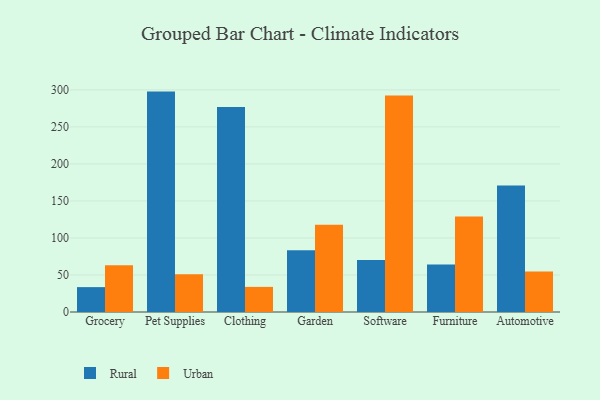
{"axis": {"x": "Category", "y": "Net Income (USD K)"}, "legend": ["Rural", "Urban"], "data": [{"x": "Grocery", "y": 33.6, "type": "Rural"}, {"x": "Grocery", "y": 63.0, "type": "Urban"}, {"x": "Pet Supplies", "y": 297.7, "type": "Rural"}, {"x": "Pet Supplies", "y": 51.1, "type": "Urban"}, {"x": "Clothing", "y": 277.0, "type": "Rural"}, {"x": "Clothing", "y": 33.9, "type": "Urban"}, {"x": "Garden", "y": 83.3, "type": "Rural"}, {"x": "Garden", "y": 117.8, "type": "Urban"}, {"x": "Software", "y": 70.3, "type": "Rural"}, {"x": "Software", "y": 292.5, "type": "Urban"}, {"x": "Furniture", "y": 64.0, "type": "Rural"}, {"x": "Furniture", "y": 129.1, "type": "Urban"}, {"x": "Automotive", "y": 170.8, "type": "Rural"}, {"x": "Automotive", "y": 54.8, "type": "Urban"}]}